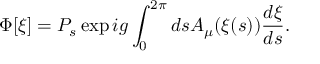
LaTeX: \Phi [ \xi ] = P _ { s } \exp i g \int _ { 0 } ^ { 2 \pi } d s A _ { \mu } ( \xi ( s ) ) \frac { d \xi } { d s } .